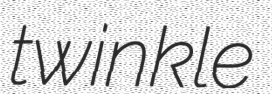
twinkle